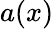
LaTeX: a(x)